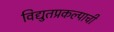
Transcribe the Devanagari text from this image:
विद्युतप्रकल्पाची